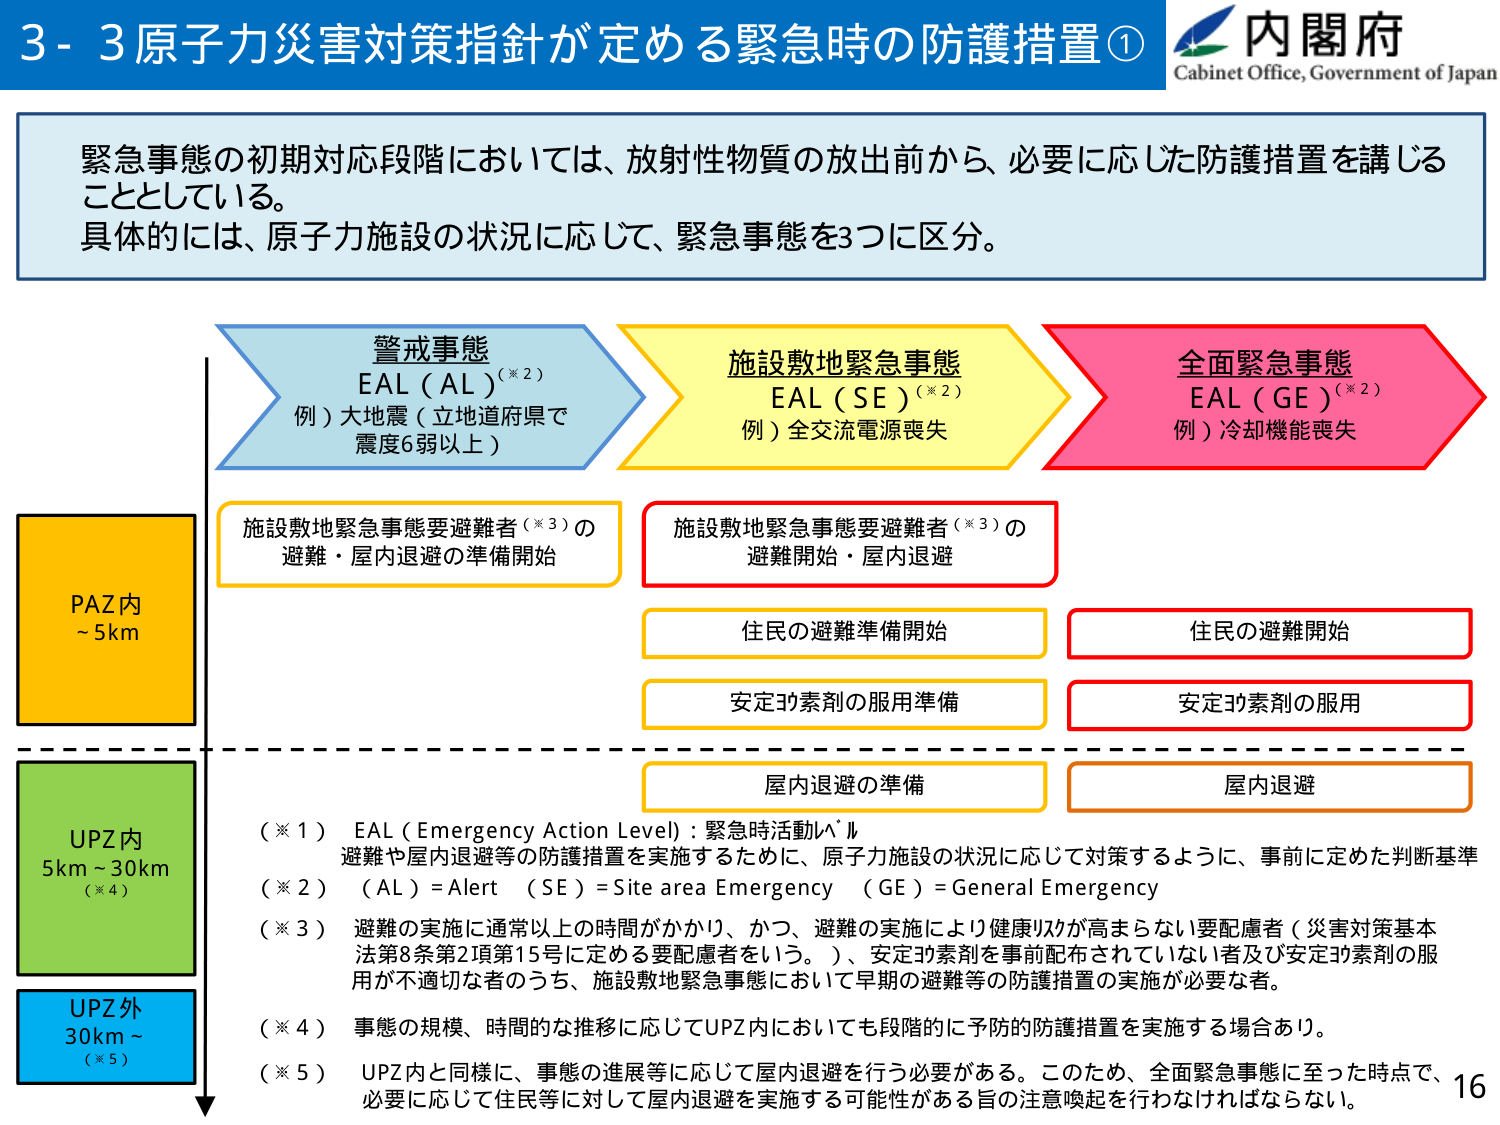
3-3 原子力災害対策指針が定める緊急時の防護措置①

内閣府
Cabinet Office, Government of Japan

緊急事態の初期対応段階においては、放射性物質の放出前から、必要に応じた防護措置を講じることとしている。
具体的には、原子力施設の状況に応じて、緊急事態を3つに区分。

警戒事態
EAL（AL）（※2）
例）大地震（立地道府県で震度6弱以上）

施設敷地緊急事態
EAL（SE）（※2）
例）全交流電源喪失

全面緊急事態
EAL（GE）（※2）
例）冷却機能喪失

PAZ内
~5km

施設敷地緊急事態要避難者（※3）の
避難・屋内退避の準備開始

施設敷地緊急事態要避難者（※3）の
避難開始・屋内退避

住民の避難準備開始

住民の避難開始

安定ヨウ素剤の服用準備

安定ヨウ素剤の服用

屋内退避の準備

屋内退避

UPZ内
5km~30km
（※4）

UPZ外
30km~
（※5）

（※1）EAL（Emergency Action Level）：緊急時活動レベル
避難や屋内退避等の防護措置を実施するために、原子力施設の状況に応じて対策するように、事前に定めた判断基準

（※2）（AL）＝Alert （SE）＝Site area Emergency （GE）＝General Emergency

（※3）避難の実施に通常以上の時間がかかり、かつ、避難の実施により健康リスクが高まらない要配慮者（災害対策基本法第8条第2項第15号に定める要配慮者をいう。）、安定ヨウ素剤を事前配布されていない者及び安定ヨウ素剤の服用が不適切な者のうち、施設敷地緊急事態において早期の避難等の防護措置の実施が必要な者。

（※4）事態の規模、時間的な推移に応じてUPZ内においても段階的に予防的防護措置を実施する場合あり。

（※5）UPZ内と同様に、事態の進展等に応じて屋内退避を行う必要がある。このため、全面緊急事態に至った時点で、必要に応じて住民等に対して屋内退避を実施する可能性がある旨の注意喚起を行わなければならない。

16